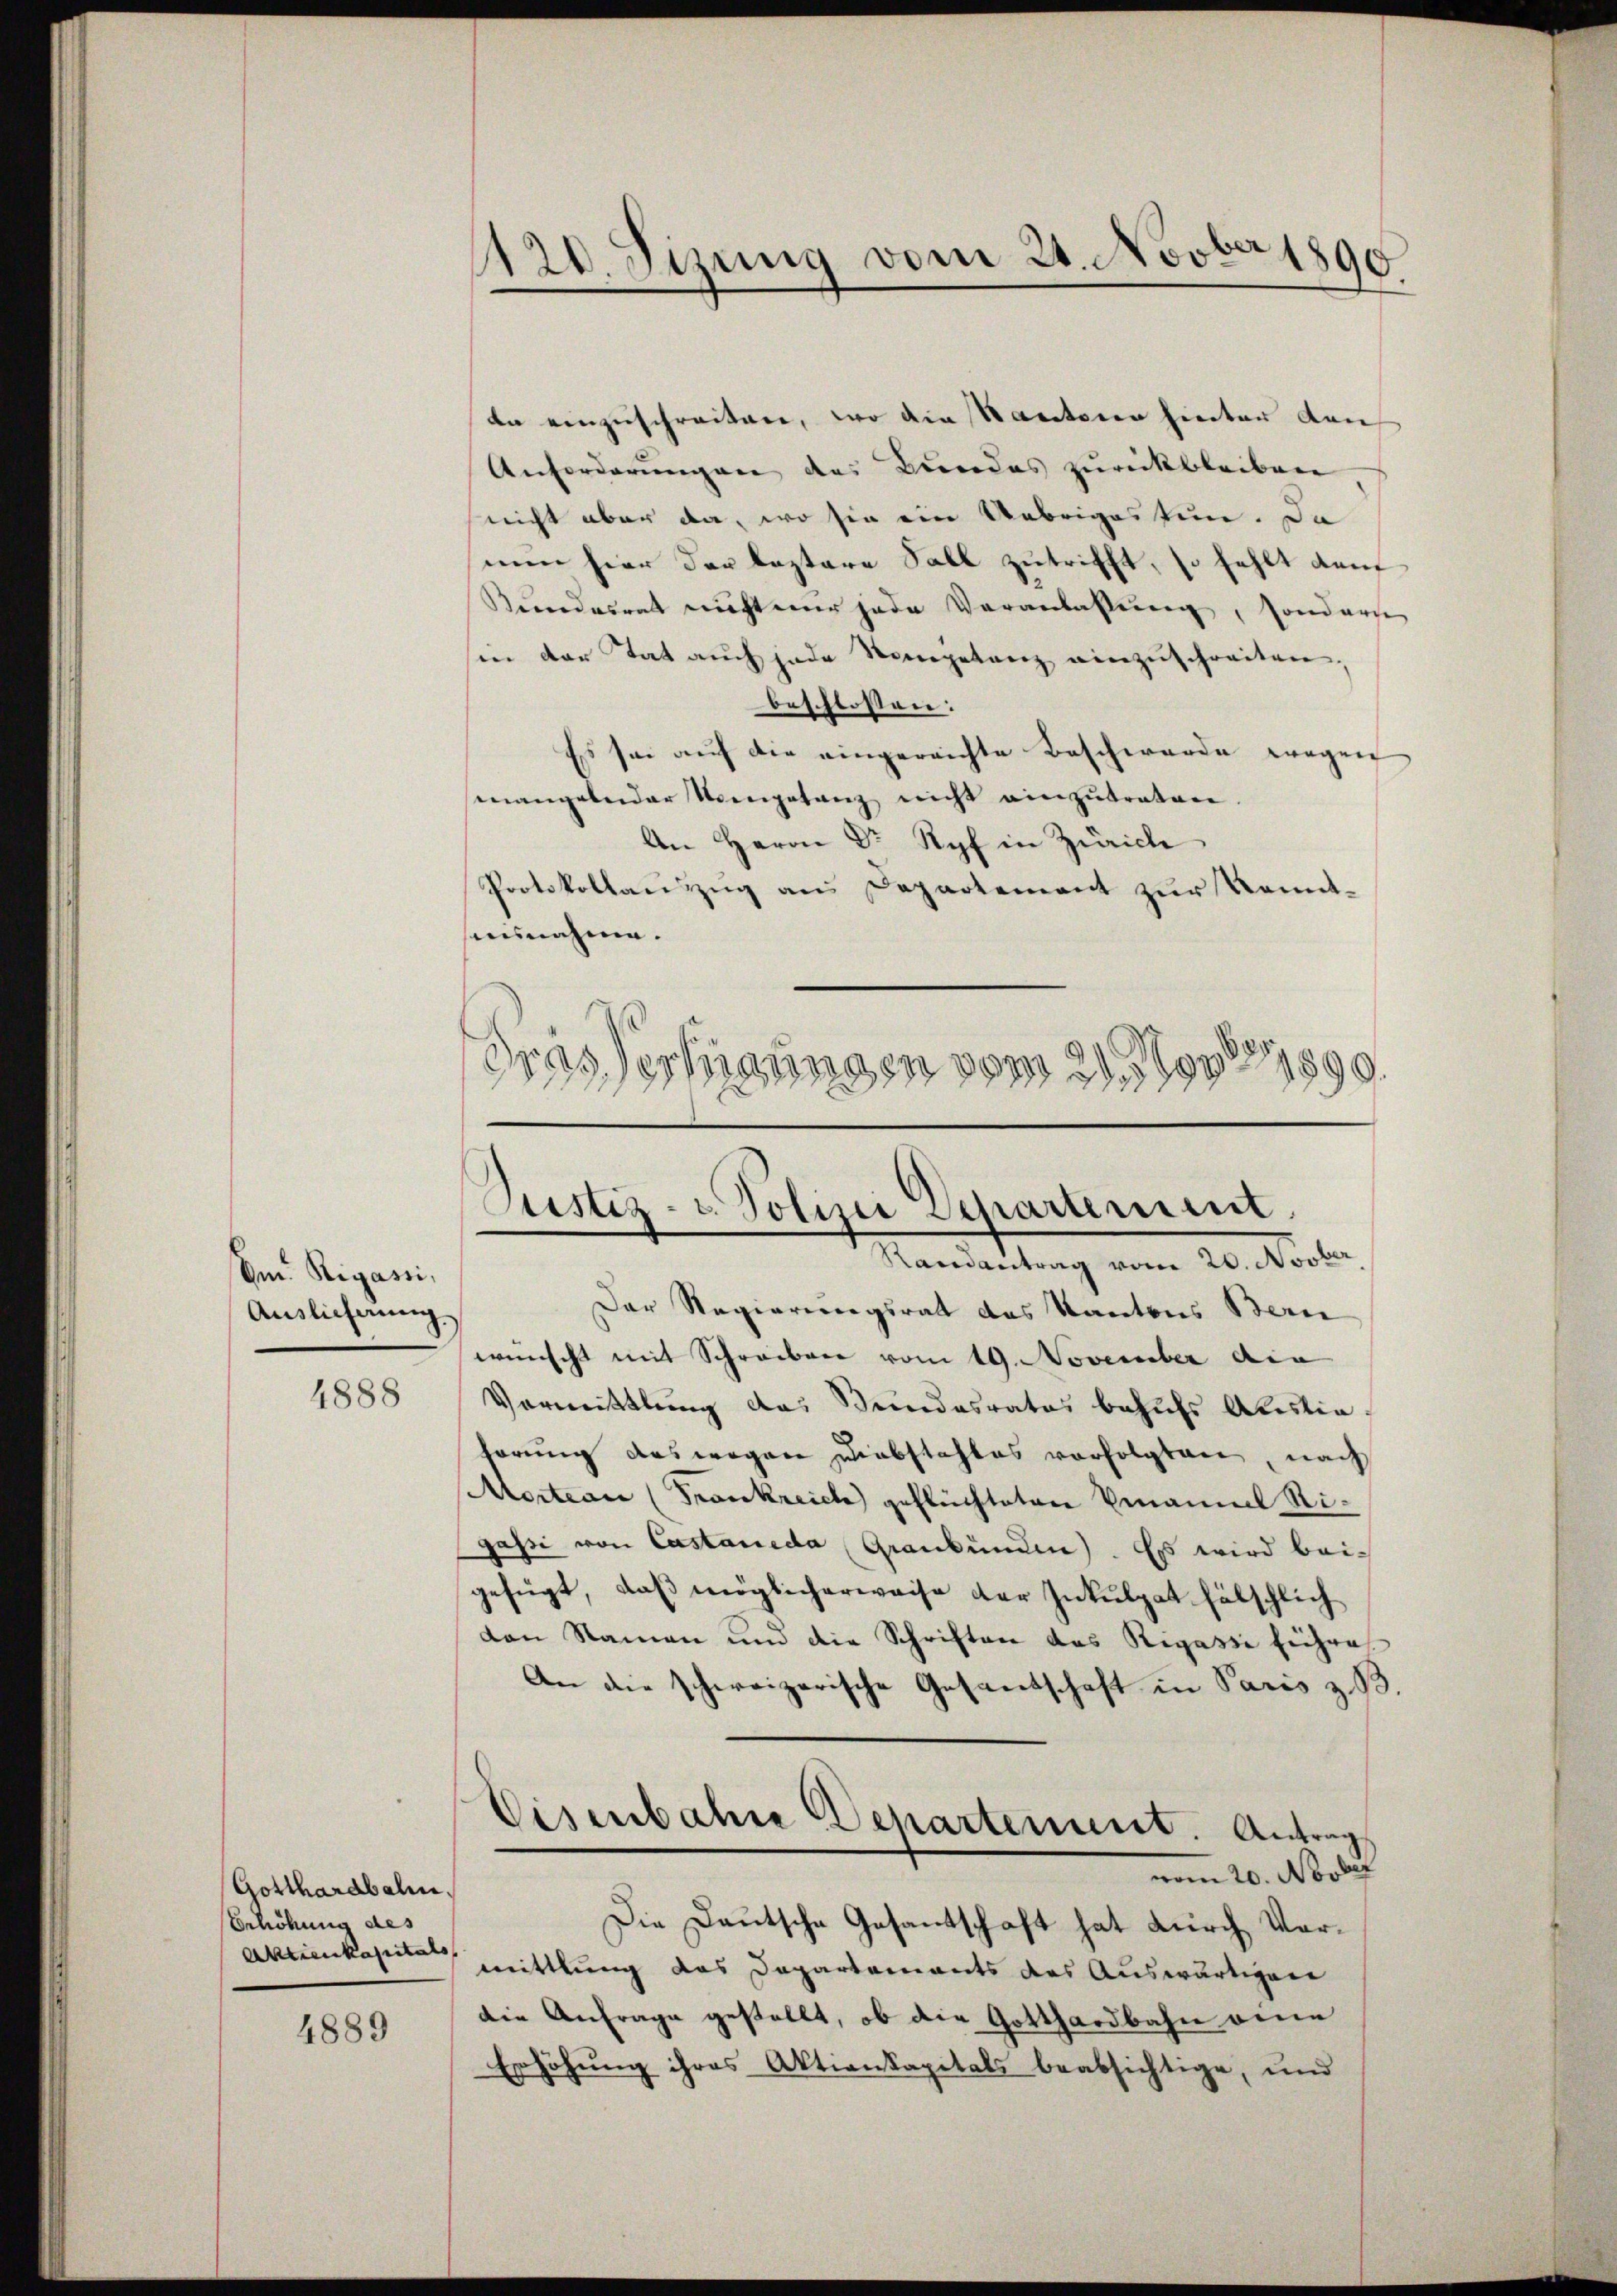
Em Rigassi,
Auslieferung

4888

Gotthardbahne
Erhöhung des
Aktienkapitals

4889

da einzuschreiten, wo die Kantonen hinter dan
Anforderungen des Bundes zurückbleiben,
nicht aber da, wo sie ein Uebriges tun. Da
nun hier der leztere Fall zutrifft, so fehlt dam
Kundesrat nicht mir jede Veranlahlung, sonderse
in der Tat auch jede Kompetanz einzuschreiten,
beschlossen:
Es sei auf die eingereichte Beschwerde wegen
mangelnder Vorgetanz nicht einzŭtreten
An Herrn Dr Ryf in Zürich
Protokollanzŭg an Departement zŭr Kennt-
einnahme.
Grassertigungen vom 21. May 17890.

1120. Sizung vom 21. Novber 1890

Justiz- u. Polizei Departement
Randantrag vom 20. Novber

Der Regierungsrath das Kantons Bern
wünscht mit Schreiben vom 19. November die
Vormittlung das Stundesrates behufs Aristiahörung des wegen unabstahles verfolgten, nach
Mortion (Trankreich geflüchteten Emanuel Stigassi von Castaneda Graubünden. Es wird beigefügt, daß möglicherweise der Inkulpat fälschlich
den Namen und die Schriften das Rigasse führet
An die schweizerische Gesandschaft in Paris z. B.
Cisenbahre Departement. Antrags
vom 20. Novbef
Die Deutsche Gesantschaft hat durch Vormittlung das Departements des Auswärtigen
die Anfrage gestellt, ob die Gotthardbahn eine
Erhöhung ihres Aktionkapitals beabsichtige, und